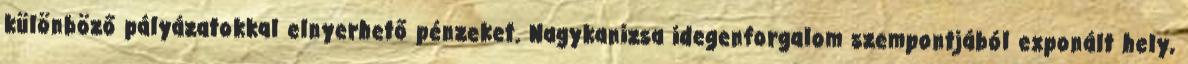
különböző pályázatokkal elnyerhető pénzeket. Nagykanizsa idegenforgalom szempontjából exponált hely,